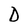
Character: D